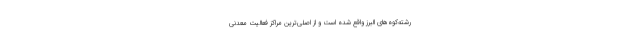
رشته‌کوه‌های البرز واقع شده است و از اصلی‌ترین مراکز فعالیت معدنی